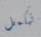
نكمل